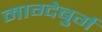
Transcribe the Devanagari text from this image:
माग्देबुर्ग